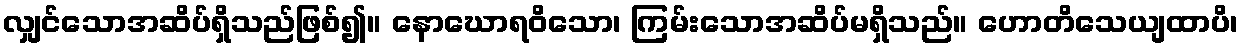
လျှင်သောအဆိပ်ရှိသည်ဖြစ်၍။ နောဃောရဝိသော၊ ကြမ်းသောအဆိပ်မရှိသည်။ ဟောတိသေယျထာပိ၊